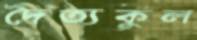
দৈত্যকুল